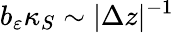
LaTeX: b_{\varepsilon}\kappa_{S}\sim\vert\Delta z\vert^{-1}